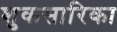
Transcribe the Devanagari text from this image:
शुकसारिका